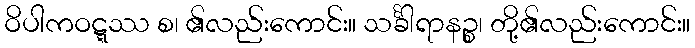
ဝိပါကဝဋ္ဋဿ စ၊ ၏လည်းကောင်း။ သင်္ခါရာနဉ္စ၊ တို့၏လည်းကောင်း။